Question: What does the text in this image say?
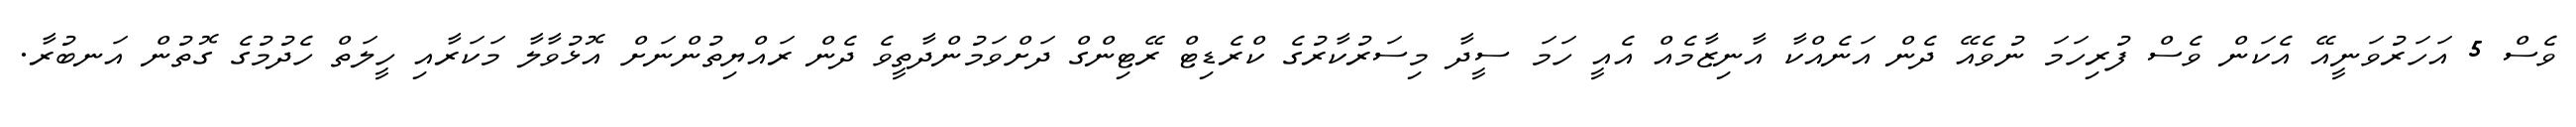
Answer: ވެސް 5 އަހަރުވަނީއޭ އެކަން ވެސް ފުރިހަމަ ނުވެއޭ ދެން އަނެއްކާ އާނިޒާމެއް އެއީ ހަމަ ސީދާ މިސަރުކާރުގެ ކްރެޑިޓް ރޭޓިންގް ދަށްވަމުންދާތީވެ ދެން ރައްޔިތުންނަށް އޮޅުވާލާ މަކަރާއި ހީލަތް ހެދުމުގެ ގޮތުން އަނބުރާ.